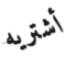
أشتريه